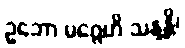
ဥဘော မဂ္ဂေဟိ သန္ဒန္တိ၊